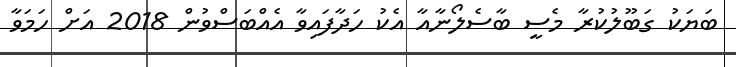
ބަޔަކު ގަބޫލުކުރާ މެސީ ބާސެލޯނާއާ އެކު ހަދާފައިވާ އެއްބަސްވުން 2018 އަށް ހަމަވާ